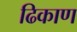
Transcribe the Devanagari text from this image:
ढिकाण